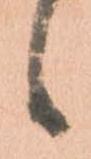
候